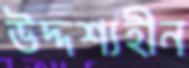
উদ্দশ্যহীন